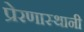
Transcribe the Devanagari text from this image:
प्रेरणास्थानी